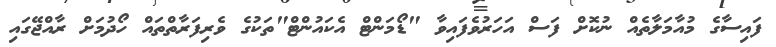
ފައިސާގެ މުއާމަލާތެއް ނުކޮށް ފަސް އަހަރުވެފައިވާ "ޑޯމަންޓް އެކައުންޓް"ތަކުގެ ވެރިފަރާތްތައް ހޯދުމަށް ރާއްޖޭގައި